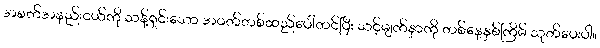
အစက်အနည်းငယ်ကို သန့်ရှင်းသော အဝတ်တစ်ထည်ပေါ်တင်ပြီး သင့်မျက်နှာကို တစ်နေ့နှစ်ကြိမ် သုတ်ပေးပါ။